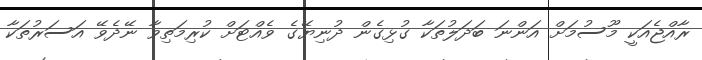
ރާއްޖެއަކީ މޫސުމަށް އަންނަ ބަދަލުތަކާ ގުޅިގެން ދުނިޔޭގެ ވެއްޓަށް ކުރިމަތިވާ ނޭދެވޭ އަސަރުތަކާ